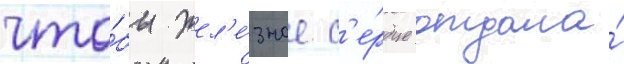
что́бы жел'е́зное с'е́рдце отдала́